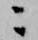
ニ